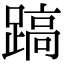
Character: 𨃤